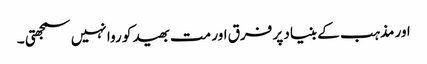
اور مذہب کے بنیاد پر فرق اور مت بھید کو روا نہیں سمجھتی ۔